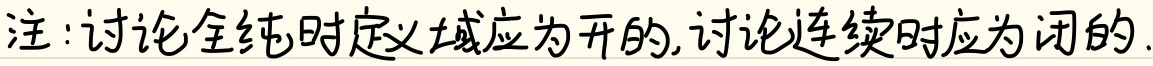
注：讨论全纯时定义域应为开的，讨论连续时应为闭的.